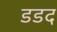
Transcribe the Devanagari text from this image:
डडद